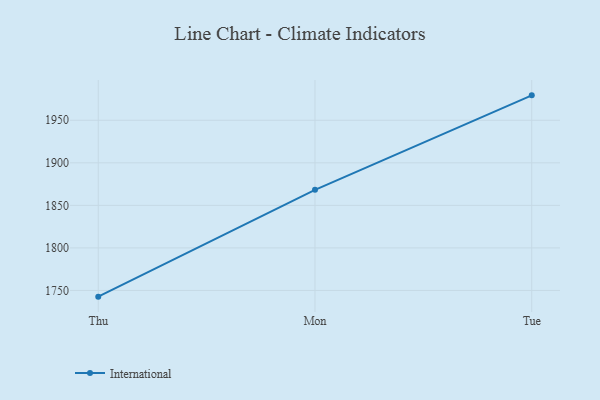
{"axis": {"x": "Day", "y": "Active Users"}, "legend": ["International"], "data": [{"x": "Thu", "y": 1742.7, "type": "International"}, {"x": "Mon", "y": 1868.2, "type": "International"}, {"x": "Tue", "y": 1979.3, "type": "International"}]}